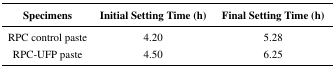
| Specimens | Initial Setting Time (h) | Final Setting Time (h) |
 | --- | --- | --- |
 | RPC control paste | 4.20 | 5.28 |
 | RPC-UFP paste | 4.50 | 6.25 |